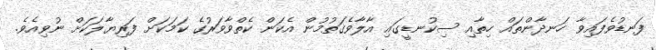
ފަނޑުވެފައިވާ ހަނދާންތައް ހިތާއި ސިކުނޑީގައި އާލާވެގަތުމުން އެކަން ކެތްވާވަރުގެ ކަމަކަށް ފަރިޔާލަކަށް ނުވިއެވެ.